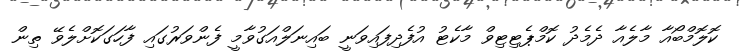
ކޮލޮމްބޯއާ މާލެއާ ދެމެދު ކޮމްޕެޓިޓިވް މާކެޓު އުފެދިފައިވަނީ ބައިނަލްއަގުވާމީ ފެންވަރުގައި ފާހަގަކޮށްލެވޭ ތިން